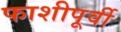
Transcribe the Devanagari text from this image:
फाशीपूर्वी